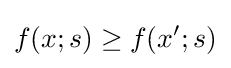
f(x;s)\geq f(x';s)